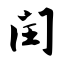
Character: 闰